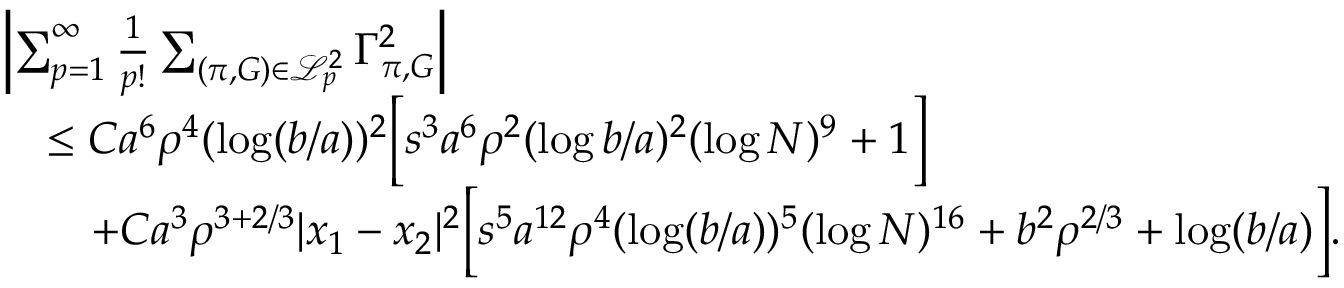
\begin{array} { r l } & { \left\vert \sum _ { p = 1 } ^ { \infty } \frac { 1 } { p ! } \sum _ { ( \pi , G ) \in \mathcal { L } _ { p } ^ { 2 } } \Gamma _ { \pi , G } ^ { 2 } \right\vert } \\ & { \quad \leq C a ^ { 6 } \rho ^ { 4 } ( \log ( b / a ) ) ^ { 2 } \Bigl [ s ^ { 3 } a ^ { 6 } \rho ^ { 2 } ( \log b / a ) ^ { 2 } ( \log N ) ^ { 9 } + 1 \Bigr ] } \\ & { \qquad + C a ^ { 3 } \rho ^ { 3 + 2 / 3 } | x _ { 1 } - x _ { 2 } | ^ { 2 } \Bigl [ s ^ { 5 } a ^ { 1 2 } \rho ^ { 4 } ( \log ( b / a ) ) ^ { 5 } ( \log N ) ^ { 1 6 } + b ^ { 2 } \rho ^ { 2 / 3 } + \log ( b / a ) \Bigr ] . } \end{array}